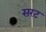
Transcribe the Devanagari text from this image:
सरट